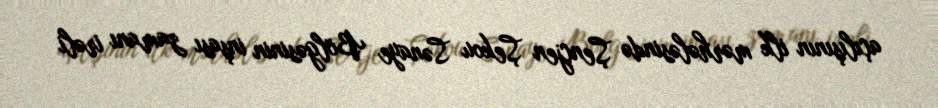
açılışının ilk mərhələsində Şençjen Şekou Sənaye Bölgəsinin inşası zamanı irəli